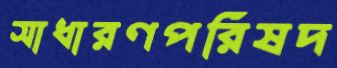
সাধারণপরিষদ